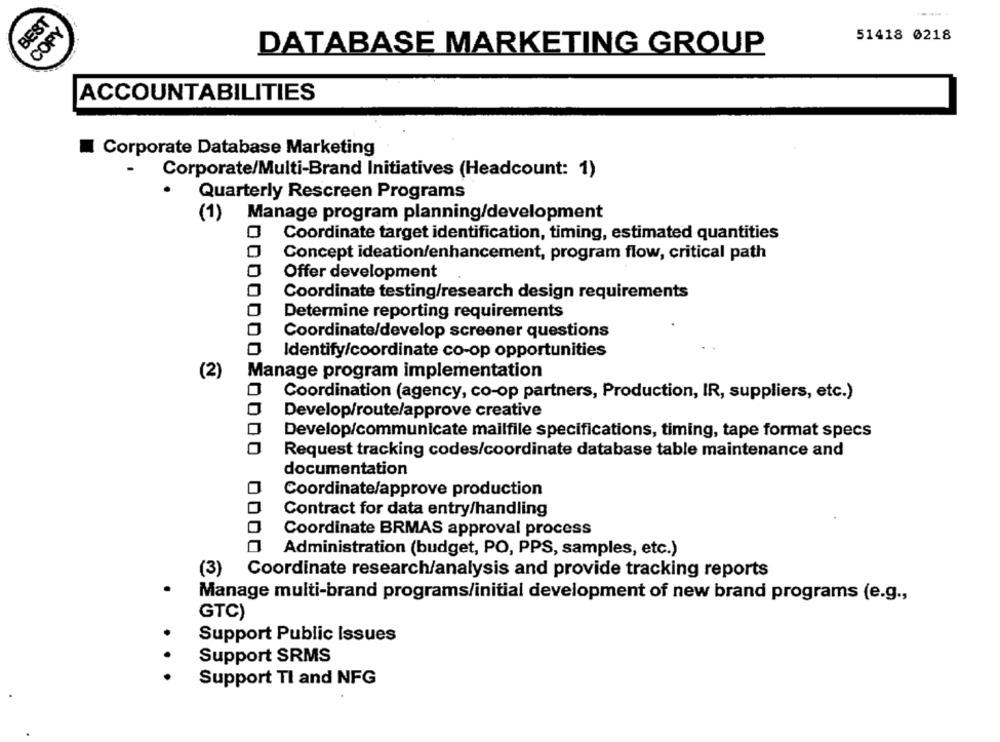
BEST
----.
COPY
51418 0218
DATABASE MARKETING GROUP
ACCOUNTABILITIES
Corporate Database Marketing
Corporate/Multi-Brand Initiatives (Headcount: 1)
Quarterly Rescreen Programs
Manage program planning/development
(1)
Coordinate target identification, timing, estimated quantities
Concept ideation/enhancement, program flow, critical path
0
Offer development
Coordinate testing/research design requirements
0
Determine reporting requirements
Coordinate/develop screener questions
Identify/coordinate co-op opportunities
(2)
Manage program implementation
Coordination (agency, co-op partners, Production, IR, suppliers, etc.)
Develop/route/approve creative
Develop/communicate mailfile specifications, timing, tape format specs
O
Request tracking codes/coordinate database table maintenance and
documentation
Coordinate/approve production
Contract for data entry/handling
Coordinate BRMAS approval process
0000
Administration (budget, PO, PPS, samples, etc.)
(3) Coordinate research/analysis and provide tracking reports
Manage multi-brand programs/initial development of new brand programs (e.g .,
GTC)
Support Public Issues
Support SRMS
. .
Support Tl and NFG